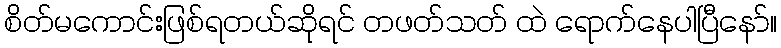
စိတ်မကောင်းဖြစ်ရတယ်ဆိုရင် တဖတ်သတ် ထဲ ရောက်နေပါပြီနော်။